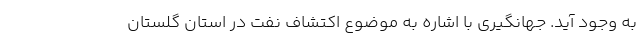
به وجود آید. جهانگیری با اشاره به موضوع اکتشاف نفت در استان گلستان